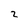
Character: 2